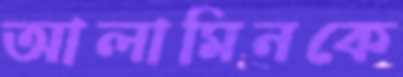
আলামিনকে